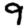
Digit: 9